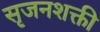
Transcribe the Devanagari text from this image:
सृजनशक्ती